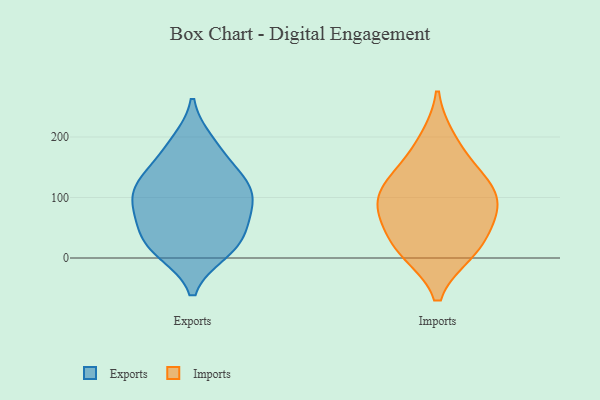
{"axis": {"x": "Satisfaction Score", "y": "Value"}, "legend": ["Exports", "Imports"], "data": [{"x": "", "y": 104, "type": "Exports"}, {"x": "", "y": 97, "type": "Exports"}, {"x": "", "y": 191, "type": "Exports"}, {"x": "", "y": 70, "type": "Exports"}, {"x": "", "y": 54, "type": "Exports"}, {"x": "", "y": 140, "type": "Exports"}, {"x": "", "y": 109, "type": "Exports"}, {"x": "", "y": 10, "type": "Exports"}, {"x": "", "y": 12, "type": "Exports"}, {"x": "", "y": 32, "type": "Exports"}, {"x": "", "y": 72, "type": "Exports"}, {"x": "", "y": 182, "type": "Exports"}, {"x": "", "y": 122, "type": "Exports"}, {"x": "", "y": 21, "type": "Exports"}, {"x": "", "y": 134, "type": "Exports"}, {"x": "", "y": 127, "type": "Imports"}, {"x": "", "y": 10, "type": "Imports"}, {"x": "", "y": 68, "type": "Imports"}, {"x": "", "y": 146, "type": "Imports"}, {"x": "", "y": 10, "type": "Imports"}, {"x": "", "y": 93, "type": "Imports"}, {"x": "", "y": 195, "type": "Imports"}, {"x": "", "y": 106, "type": "Imports"}, {"x": "", "y": 33, "type": "Imports"}, {"x": "", "y": 82, "type": "Imports"}]}